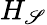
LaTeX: H_{\mathscr{S}}